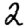
Digit: 2